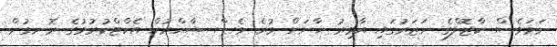
ނަމަވެސް ކާޖޮލްގެ ނަޒަރުގައި އާމިރު ޚާނަށް ވުރެ ވެސް ޝާހްރުކް އެކްޓްކުރުމުގެ ރޮނގުން